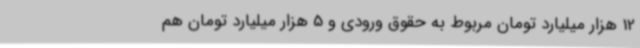
12 هزار میلیارد تومان مربوط به حقوق ورودی و 5 هزار میلیارد تومان هم